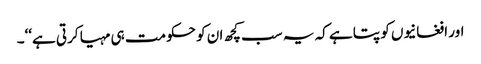
اور افغانیوں کو پتا ہے کہ یہ سب کچھ ان کو حکومت ہی مہیا کرتی ہے‘‘۔